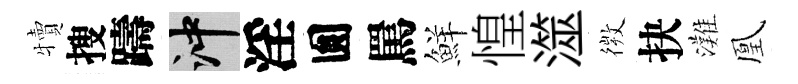
犢搜躊冲淫圎罵鮮惶澨𢕄抉灘凰